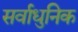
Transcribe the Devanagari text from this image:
सर्वाधुनिक